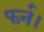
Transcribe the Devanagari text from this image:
फर्न।